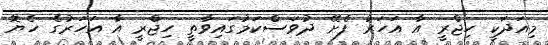
މިއަދަކީ ހިޖްރީ އާ އަހަރު ފެށޭ ދުވަސްކަމުގައިވާތީ ހިޖްރީ އާ އަހަރުގެ ހެޔޮ